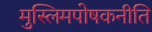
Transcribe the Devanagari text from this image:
मुस्लिमपोषकनीति